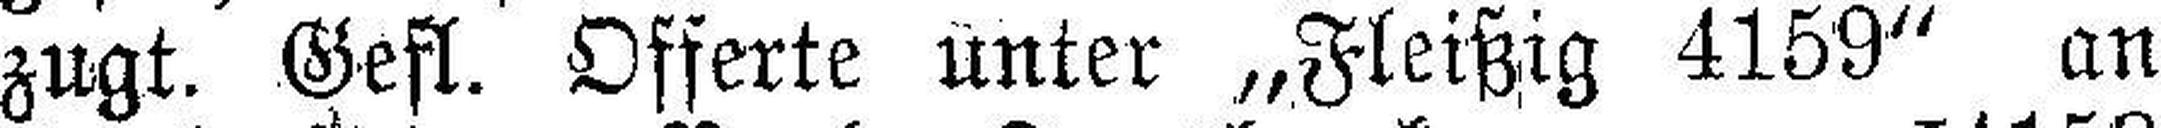
zugt. Gefl. Offerte unter „Fleißig 4159“ an